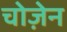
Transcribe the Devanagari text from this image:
चोज़ेन